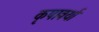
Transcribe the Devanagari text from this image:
कृपावर्या